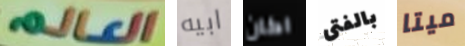
العالم ابيه اكان بالفتى ميتا